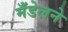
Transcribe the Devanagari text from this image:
मँडेलने